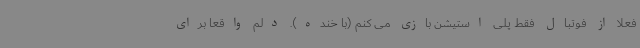
فعلا از فوتبال فقط پلی استیشن بازی می کنم (با خنده). دلم واقعا برای